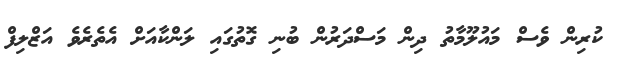
ކުރިން ވެސް މައުލޫމާތު ދިން މަސްދަރުން ބުނި ގޮތުގައި ލަންކާއަށް އެތެރެވެ އަޒްލިފް